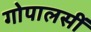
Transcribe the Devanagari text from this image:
गोपालसीं